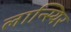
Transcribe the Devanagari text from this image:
लान्स्यिर